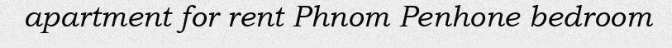
apartment for rent Phnom Penhone bedroom